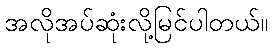
အလိုအပ်ဆုံးလို့မြင်ပါတယ်။